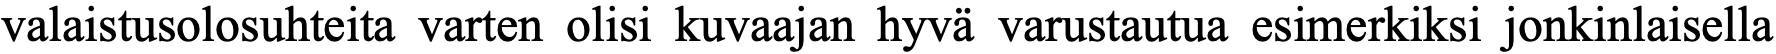
valaistusolosuhteita varten olisi kuvaajan hyvä varustautua esimerkiksi jonkinlaisella